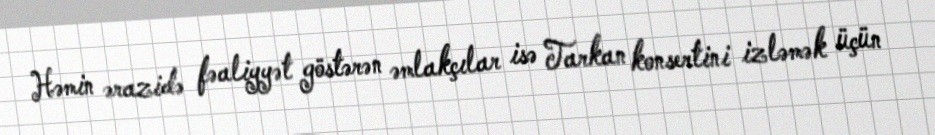
Həmin ərazidə fəaliyyət göstərən əmlakçılar isə Tarkan konsertini izləmək üçün